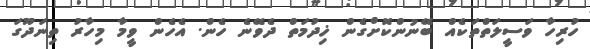
ހުރިހާ ވަސީލަތްތަކެއް ބޭނުންކޮށްގެން ޚިދުމަތް ދެވޭނެ ހެން. އެހެން ވީމާ މިހާރު ތިނަދޫގަ